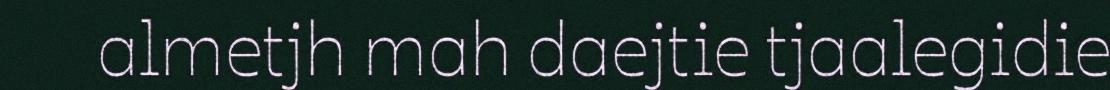
almetjh mah daejtie tjaalegidie